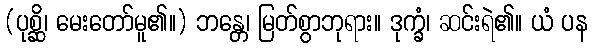
(ပုစ္ဆိ၊ မေးတော်မူ၏။) ဘန္တေ၊ မြတ်စွာဘုရား။ ဒုက္ခံ၊ ဆင်းရဲ၏။ ယံ ပန